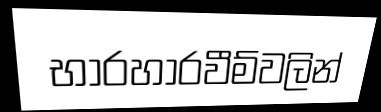
භාරහාරවීම්වලින්